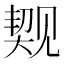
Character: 𬢐